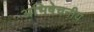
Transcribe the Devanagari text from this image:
अभिषेचनीय